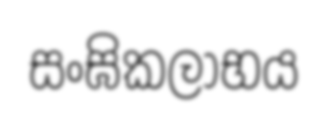
සංඝිකලාභය